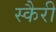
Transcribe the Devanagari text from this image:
स्कैरी